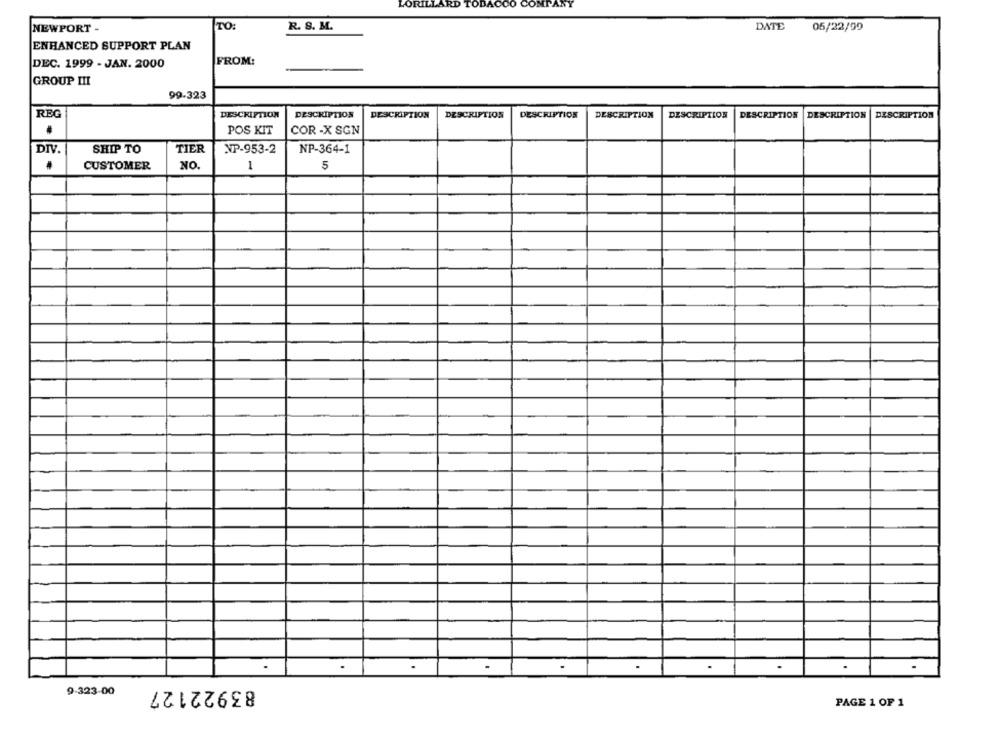
LORILLARD TOBACCO COMPANY
NEWPORT -
TO:
R. S. M.
DATE
05/22/99
ENHANCED SUPPORT PLAN
DEC. 1999 - JAN. 2000
FROM:
GROUP III
99-323
REG
DESCRIPTION
DESCRIPTION
DESCRIPTION
DESCRIPTION
DESCRIPTION
DESCRIPTION
DESCRIPTION
DESCRIPTION
DESCRIPTION
DESCRIPTION
.
POS KIT
COR -X SGN
DIV.
SHIP TO
TIER
NP-953-2
NP-364-1
CUSTOMER
NO.
1
5
83922127
9-323-00
PAGE 1 OF 1